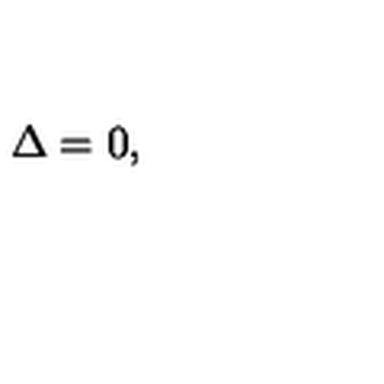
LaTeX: \Delta = 0 ,